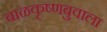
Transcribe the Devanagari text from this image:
बाळकृष्णबुवाला